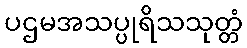
ပဌမအသပ္ပုရိသသုတ္တံ